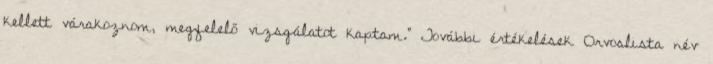
kellett várakoznom, megfelelő vizsgálatot kaptam.” További értékelések Orvoslista név